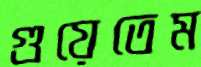
গুয়েতেম